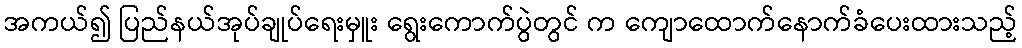
အကယ်၍ ပြည်နယ်အုပ်ချုပ်ရေးမှူး ရွေးကောက်ပွဲတွင် က ကျောထောက်နောက်ခံပေးထားသည့်